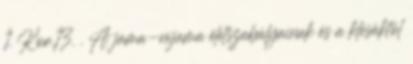
1. Kor.13. . A jama-nijama életszabályainak és a klésáktól